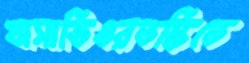
খাসাভিওরতস্কিতে